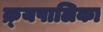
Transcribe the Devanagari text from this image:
क्र्यपालिका